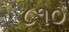
૮૧૦